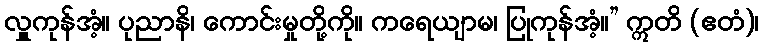
လှူကုန်အံ့။ ပုညာနိ၊ ကောင်းမှုတို့ကို။ ကရေယျာမ၊ ပြုကုန်အံ့။” ဣတိ (ဧတံ)၊